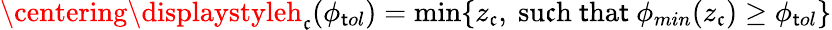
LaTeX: \centering\displaystyleh_{\mathfrak{c}}(\phi_{\mathsf{t}ol})=\operatorname*{min}\{ z_{\mathfrak{c}}\mathrm{{,\ su\mathfrak{c}h\ \mathsf{t}ha\mathsf{t}\ }}\phi_{min}(z_{\mathfrak{c}})\geq\phi_{\mathsf{t}ol}\}